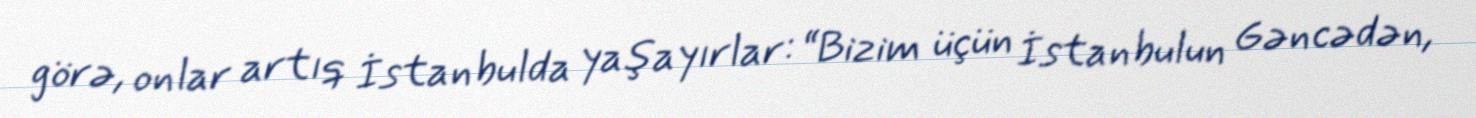
görə, onlar artıq İstanbulda yaşayırlar: “Bizim üçün İstanbulun Gəncədən,